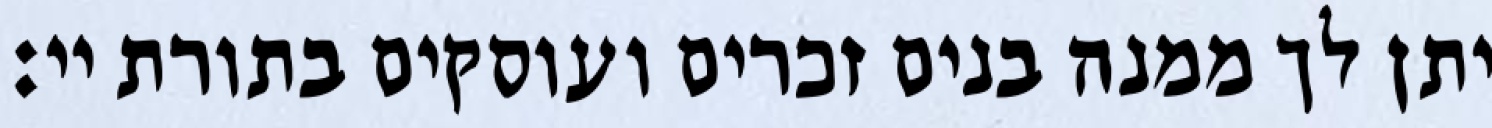
יתן לך ממנה בנים זכרים ועוסקים בתורת יי: